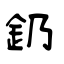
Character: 釢